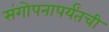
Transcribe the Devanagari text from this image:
संगोपनापर्यंतची